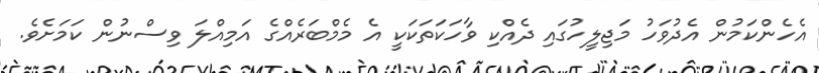
އެހެންކަމުން އެދުވަހު މަޖިލީހުގައި ދެއްކި ވާހަކަތަކަކީ އެ މެމްބަރެއްގެ އަމިއްލަ ވިސްނުން ކަމަށެވެ.